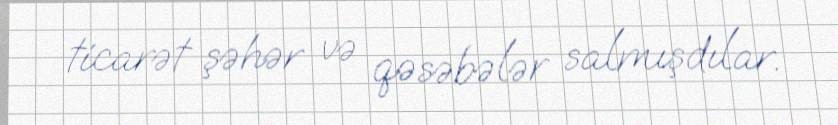
ticarət şəhər və qəsəbələr salmışdılar.